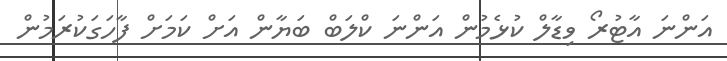
އަންނަ އާޓުރޯ ވިޑާލް ކުޅެމުން އަންނަ ކްލަބް ބަޔާން އަށް ކަމަށް ފާހަގަކުރަމުން